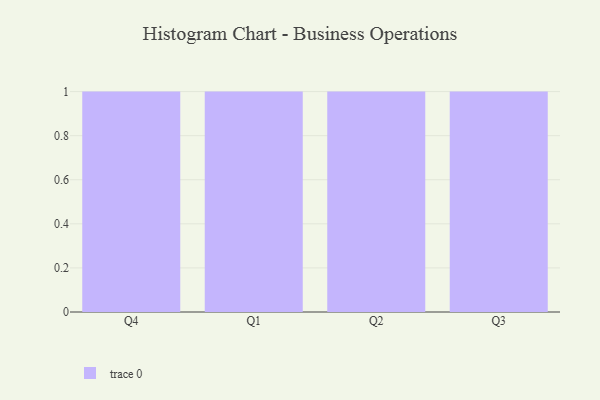
{"axis": {"x": "Quarter", "y": "Page Views"}, "legend": [""], "data": [{"x": "Q4", "y": 70, "type": ""}, {"x": "Q1", "y": 83, "type": ""}, {"x": "Q2", "y": 64, "type": ""}, {"x": "Q3", "y": 76, "type": ""}]}